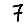
Digit: 7